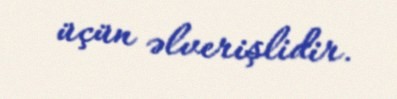
üçün əlverişlidir.